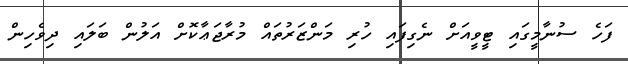
ފަހެ ސުނާމީގައި ޓީވީއަށް ނެގިފައި ހުރި މަންޒަރުތައް މުރާޖަޢާކޮށް އަލުން ބަލައި ދިވެހިން